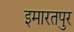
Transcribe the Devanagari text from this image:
इमारतपुर